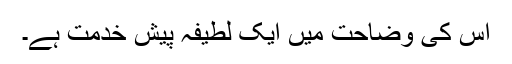
اس کی وضاحت میں ایک لطیفہ پیش خدمت ہے۔